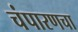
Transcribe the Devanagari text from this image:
चंपारणचा